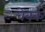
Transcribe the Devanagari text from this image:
चेक्क